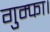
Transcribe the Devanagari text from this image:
गुम्फा।